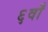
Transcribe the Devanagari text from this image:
६वाँ